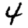
Digit: 4